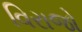
વિરાજો